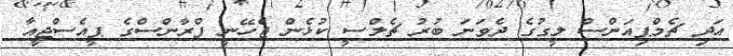
އަދި ޗެމްޕިއަންސް ލީގުގެ ދެވަނަ ބުރު ޗެލްސީ ކުޅެން ޖެހޭނީ ފްރާންސްގެ ޕީއެސްޖީއާ